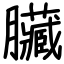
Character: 臟